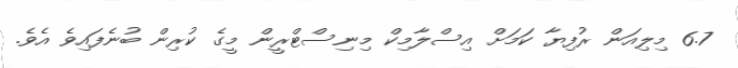
6.7 މިލިއަން ރުފިޔާ ކަމަށް އިސްލާމިކް މިނިސްޓްރީން މީގެ ކުރިން ބުނެފައިވެ އެވެ.